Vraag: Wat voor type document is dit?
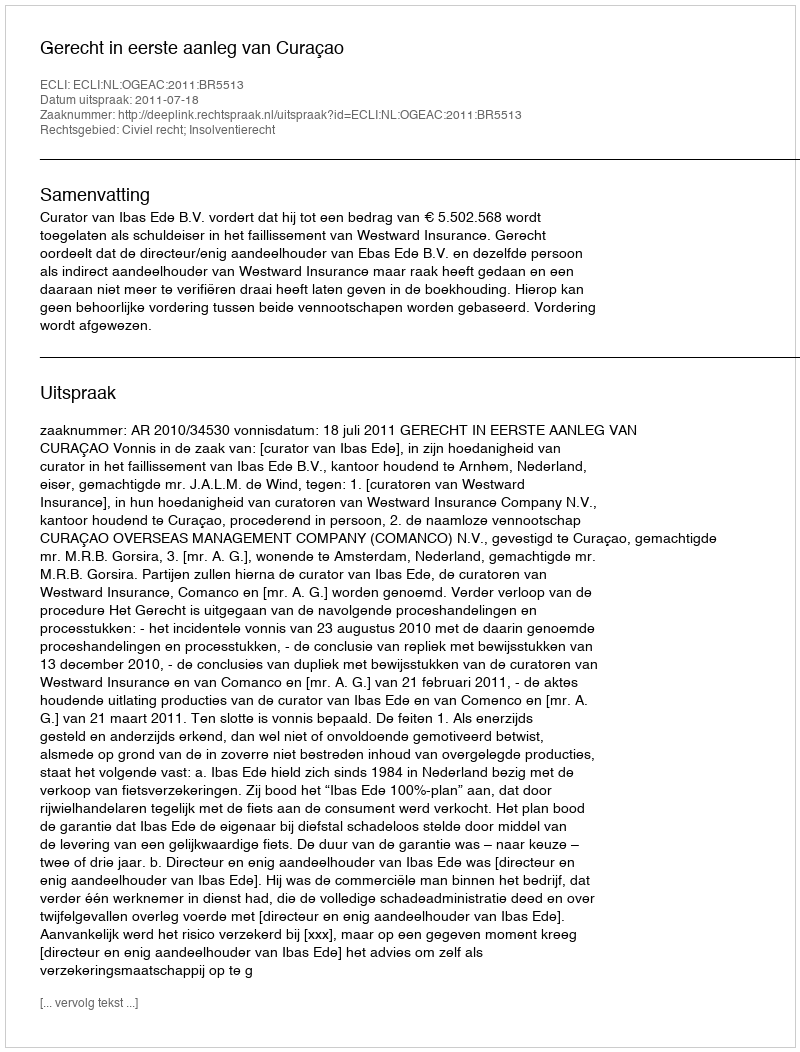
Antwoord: Uitspraak